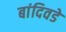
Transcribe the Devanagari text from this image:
बांदिवडे